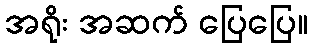
အရိုး အဆက် ပြေပြေ။